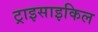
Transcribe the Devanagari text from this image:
ट्राइसाइकिल